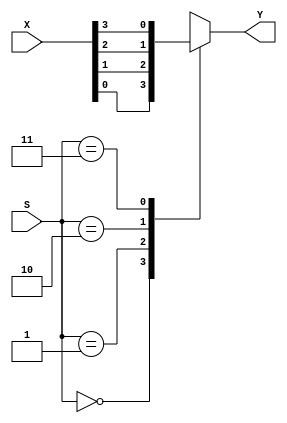
module mux_4_to_1(
    input [3:0] X,
    input [1:0] S,
    output Y
    );
    
    reg Y;
     
    always @(X or S)
        case(S)
            2'b00: Y = X[0];
            2'b01: Y = X[1];
            2'b10: Y = X[2];
            2'b11: Y = X[3];
        endcase
endmodule